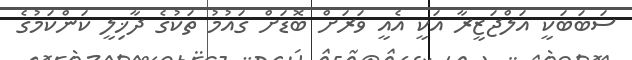
ސަބަބަކީ އަލްޖަޒީރާ އަކީ އެއީ ވަރަށް ބޮޑަށް ގައުމު ތަކުގެ ދާޚިލީ ކަންކަމުގެ